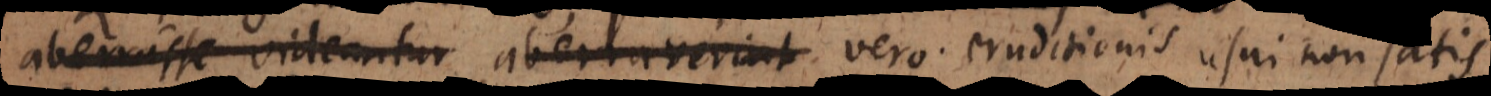
aberrasse videantur aberraverint eruditionis usui non satis